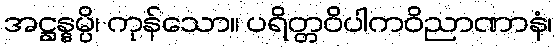
အဋ္ဌန္နမ္ပိ၊ ကုန်သော။ ပရိတ္တဝိပါကဝိညာဏာနံ၊